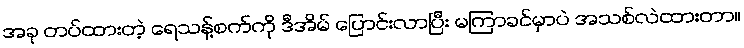
အခု တပ်ထားတဲ့ ရေသန့်စက်ကို ဒီအိမ် ပြောင်းလာပြီး မကြာခင်မှာပဲ အသစ်လဲထားတာ။